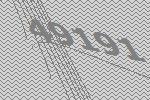
49191